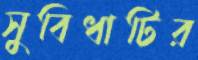
সুবিধাটির